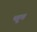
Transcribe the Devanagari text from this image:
च्हुत